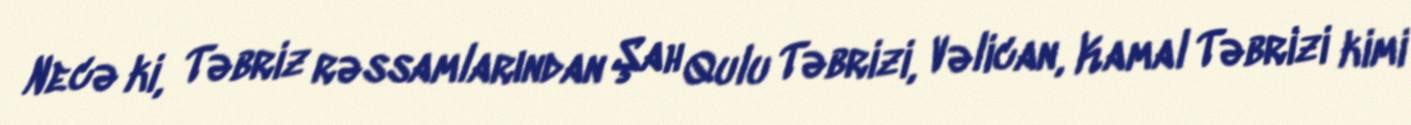
Necə ki, Təbriz rəssamlarından Şah Qulu Təbrizi, Vəlican, Kamal Təbrizi kimi